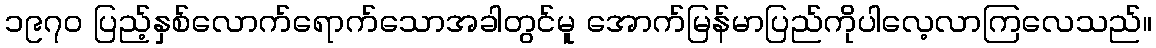
၁၉၇၀ ပြည့်နှစ်လောက်ရောက်သောအခါတွင်မူ အောက်မြန်မာပြည်ကိုပါလေ့လာကြလေသည်။